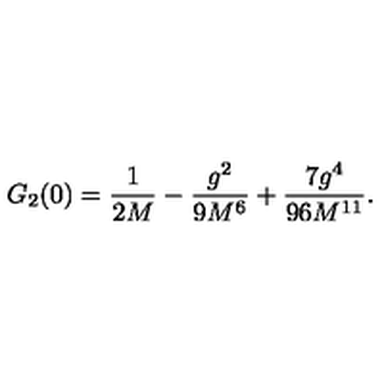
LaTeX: G _ { 2 } ( 0 ) = { \frac { 1 } { 2 M } } - { \frac { g ^ { 2 } } { 9 M ^ { 6 } } } + { \frac { 7 g ^ { 4 } } { 9 6 M ^ { 1 1 } } } .